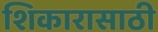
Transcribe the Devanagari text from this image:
शिकारासाठी